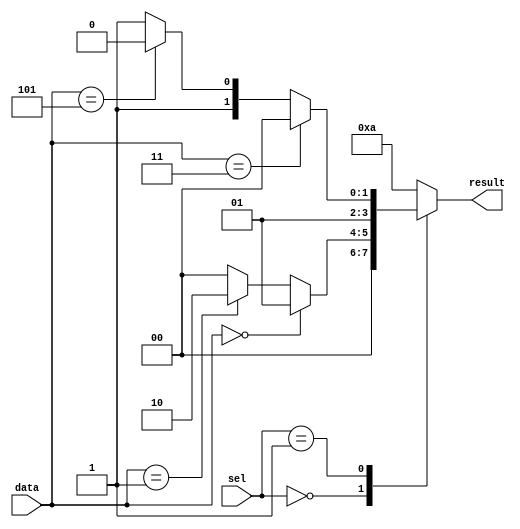
module case_example (
    input wire [1:0] sel,
    input wire [3:0] data,
    output reg [3:0] result
);

always @ (*)
begin
    case(sel)
        2'b00: begin
            if(data == 4'h0)
                result <= 4'h1;
            else if(data == 4'h1)
                result <= 4'h2;
            else
                result <= 4'h0;
        end

        2'b01: begin
            if(data == 4'h3)
                result <= 4'h4;
            else if(data == 4'h5)
                result <= 4'h6;
            else
                result <= 4'h7;
        end

        default: begin
            result <= 4'ha;
        end
    endcase
end

endmodule